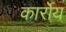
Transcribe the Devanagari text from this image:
कार्रोय